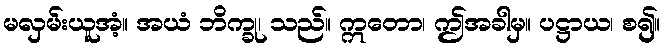
မလှမ်းယူအံ့။ အယံ ဘိက္ခု၊ သည်။ ဣတော၊ ဤအခါမှ။ ပဋ္ဌာယ၊ စ၍။